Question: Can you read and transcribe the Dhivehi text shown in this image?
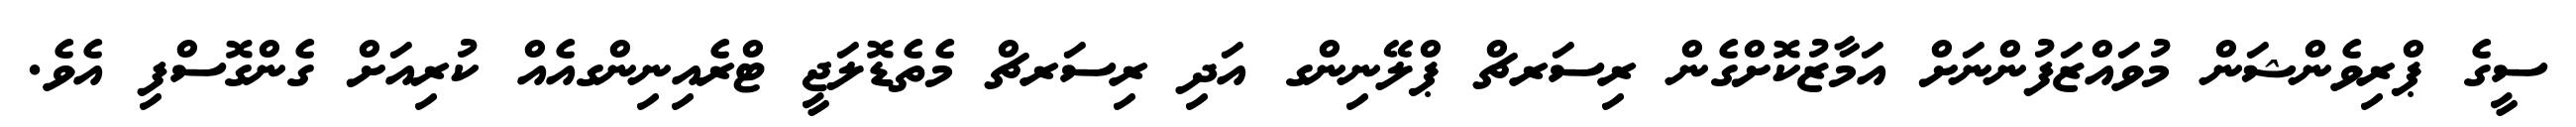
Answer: ސީގެ ޕްރިވެންޝަން މުވައްޒަފުންނަށް އަމާޒުކޮށްގެން ރިސަރޗް ޕްލޭނިންގ އަދި ރިސަރޗް މެތެޑޮލަޖީ ޓްރެއިނިންގއެއް ކުރިއަށް ގެންގޮސްފި އެވެ.